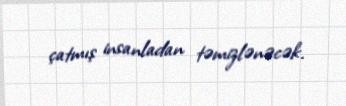
çatmış insanladan təmizlənəcək.